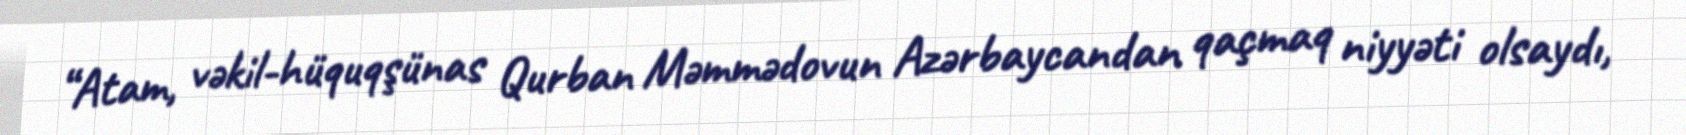
“Atam, vəkil-hüquqşünas Qurban Məmmədovun Azərbaycandan qaçmaq niyyəti olsaydı,